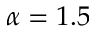
\alpha = 1 . 5